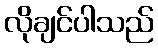
လိုချင်ပါသည်